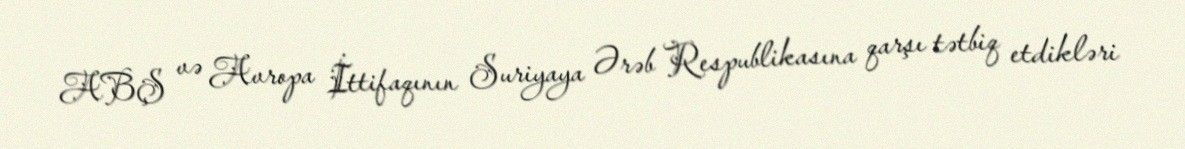
ABŞ və Avropa İttifaqının Suriyaya Ərəb Respublikasına qarşı tətbiq etdikləri